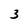
Character: 3